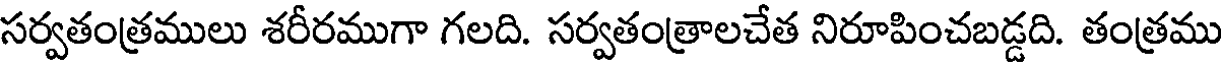
సర్వతంత్రములు శరీరముగా గలది. సర్వతంత్రాలచేత నిరూపించబడ్డది. తంత్రము